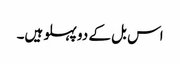
اس بل کے دو پہلو ہیں۔